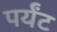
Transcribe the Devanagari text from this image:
पर्यंट